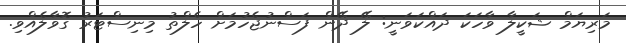
މަރިޔަމް ޝަކީލާ ވާހަކަ ދައްކަވަނީ: ލޭ ދޭން ފަސްނުޖެހުމަށް ހެލްތު މިނިސްޓަރު ގޮވާލެއްވި.